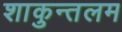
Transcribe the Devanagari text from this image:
शाकुन्तलम